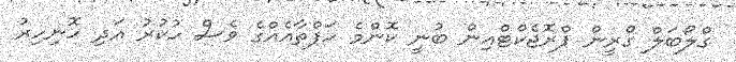
ގްލޯބަލް ގްރީން ޕްރޮޖެކްޓްއިން ބުނީ ކޮންމެ ހަފްތާއެއްގެ ވެސް ހުކުރު އަދި ހޮނިހިރު